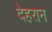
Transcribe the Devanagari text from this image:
देहरान